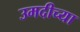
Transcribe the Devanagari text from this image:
उमदीच्या